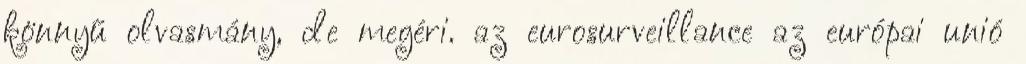
könnyű olvasmány, de megéri. az eurosurveillance az európai unió